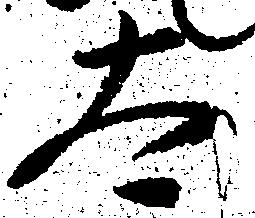
太